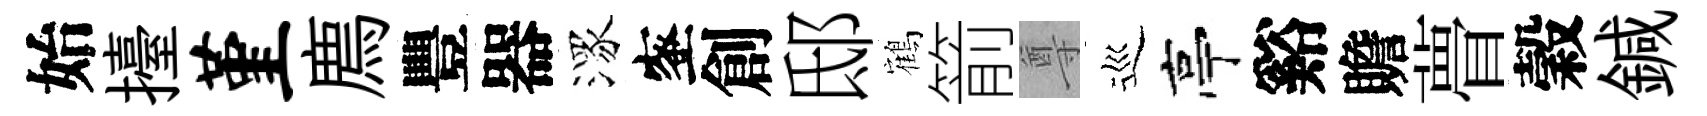
始擡堇廌豐器潈蜜創邸鶴箭尊巡亭谿贍瞢穀鍼